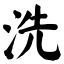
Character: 洗